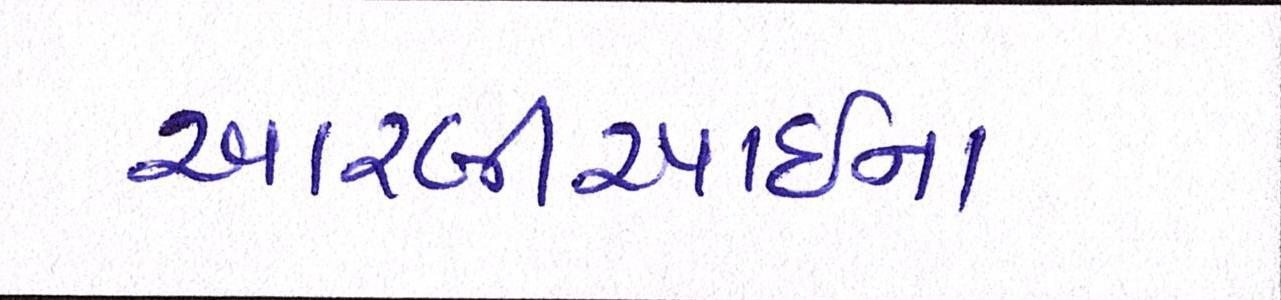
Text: આરબીઆઇના